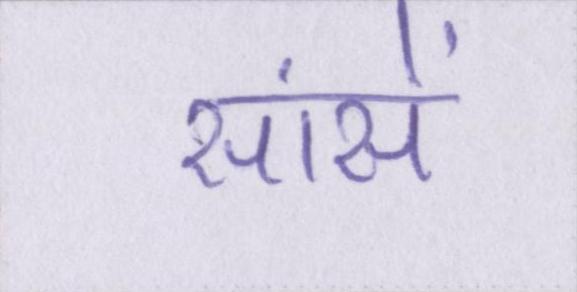
सांसें